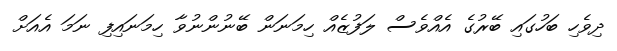
ދިވެހި ބަހުގައި ބޭރުގެ އެއްވެސް ލަފުޒެއް ހިމަނަން ބޭނުންނުވާ ހިމަނައިފި ނަމަ އެއަށް